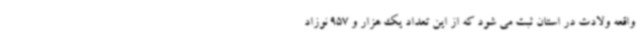
واقعه ولادت در استان ثبت می شود که از این تعداد یک هزار و 957 نوزاد